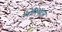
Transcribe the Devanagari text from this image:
लॉरियट्स